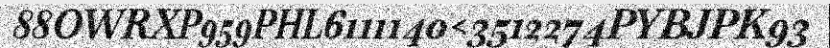
88OWRXP959PHL6111140<3512274PYBJPK93